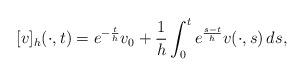
LaTeX: \begin{align*} [v]_h(\cdot,t)=e^{-\frac{t}{h}}v_0 + \frac{1}{h}\int_0^t e^{\frac{s-t}{h}}v(\cdot,s)\,ds,\end{align*}